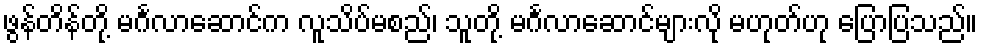
ဖွန်တိန်တို့ မင်္ဂလာဆောင်က လူသိပ်မစည်၊ သူတို့ မင်္ဂလာဆောင်များလို မဟုတ်ဟု ပြောပြသည်။